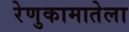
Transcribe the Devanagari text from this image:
रेणुकामातेला